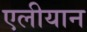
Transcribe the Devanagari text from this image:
एलीयान